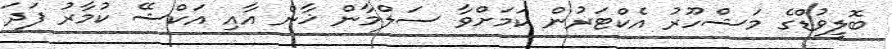
ބޮލީވުޑްގެ މަޝްހޫރު އެކްޓަރުން ކަމަށްވާ ސަލްމާން ޚާން އާއި އަކްޝޭ ކުމާރު ފަދަ